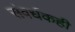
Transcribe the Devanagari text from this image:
संवर्धकही